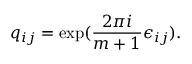
q _ { i j } = \exp ( { \frac { 2 \pi i } { m + 1 } } \epsilon _ { i j } ) .